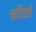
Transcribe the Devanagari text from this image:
चरित्त्रे